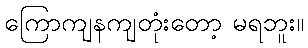
ကြောကျနကျတုံးတော့ မရဘူး။